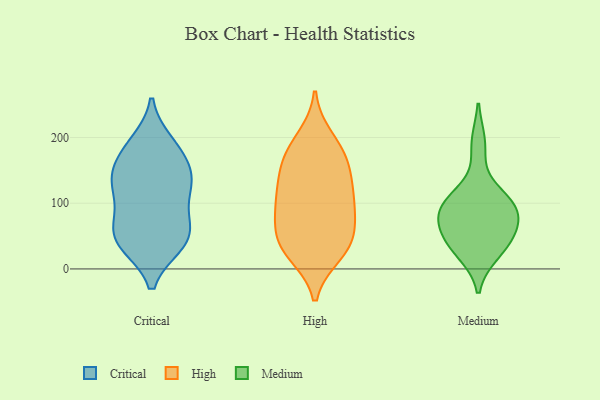
{"axis": {"x": "Satisfaction Score", "y": "Value"}, "legend": ["Critical", "High", "Medium"], "data": [{"x": "", "y": 179, "type": "Critical"}, {"x": "", "y": 37, "type": "Critical"}, {"x": "", "y": 70, "type": "Critical"}, {"x": "", "y": 185, "type": "Critical"}, {"x": "", "y": 40, "type": "Critical"}, {"x": "", "y": 77, "type": "Critical"}, {"x": "", "y": 141, "type": "Critical"}, {"x": "", "y": 118, "type": "Critical"}, {"x": "", "y": 65, "type": "Critical"}, {"x": "", "y": 147, "type": "Critical"}, {"x": "", "y": 41, "type": "Critical"}, {"x": "", "y": 38, "type": "Critical"}, {"x": "", "y": 192, "type": "Critical"}, {"x": "", "y": 132, "type": "Critical"}, {"x": "", "y": 144, "type": "Critical"}, {"x": "", "y": 114, "type": "Critical"}, {"x": "", "y": 77, "type": "High"}, {"x": "", "y": 199, "type": "High"}, {"x": "", "y": 182, "type": "High"}, {"x": "", "y": 159, "type": "High"}, {"x": "", "y": 93, "type": "High"}, {"x": "", "y": 82, "type": "High"}, {"x": "", "y": 148, "type": "High"}, {"x": "", "y": 49, "type": "High"}, {"x": "", "y": 38, "type": "High"}, {"x": "", "y": 128, "type": "High"}, {"x": "", "y": 172, "type": "High"}, {"x": "", "y": 23, "type": "High"}, {"x": "", "y": 104, "type": "High"}, {"x": "", "y": 37, "type": "High"}, {"x": "", "y": 28, "type": "High"}, {"x": "", "y": 118, "type": "High"}, {"x": "", "y": 38, "type": "Medium"}, {"x": "", "y": 107, "type": "Medium"}, {"x": "", "y": 102, "type": "Medium"}, {"x": "", "y": 65, "type": "Medium"}, {"x": "", "y": 25, "type": "Medium"}, {"x": "", "y": 40, "type": "Medium"}, {"x": "", "y": 71, "type": "Medium"}, {"x": "", "y": 190, "type": "Medium"}, {"x": "", "y": 87, "type": "Medium"}, {"x": "", "y": 97, "type": "Medium"}]}